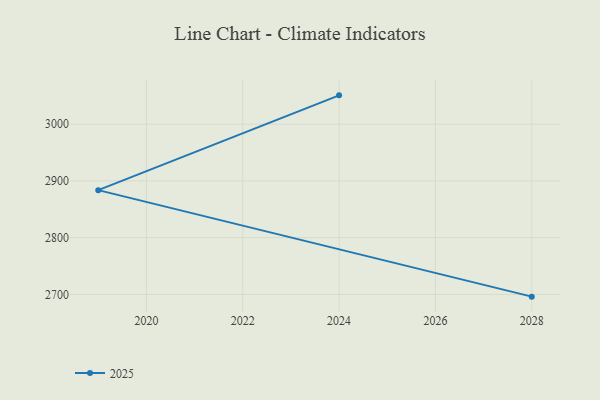
{"axis": {"x": "Year", "y": "Tickets Resolved"}, "legend": ["2025"], "data": [{"x": "2024", "y": 3050.7, "type": "2025"}, {"x": "2019", "y": 2883.7, "type": "2025"}, {"x": "2028", "y": 2696.1, "type": "2025"}]}